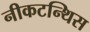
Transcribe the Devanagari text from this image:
नीकटन्थिस